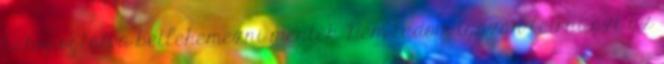
bekopogtatva betlehemezni mentek Nem tudom igazán leírni azt az